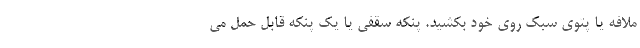
ملافه یا پتوی سبک روی خود بکشید. پنکه سقفی یا یک پنکه قابل حمل می